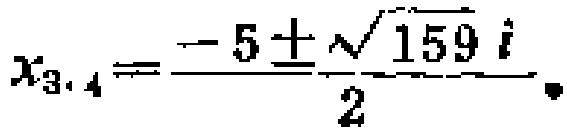
$x_{3,4}=\frac{-5\pm\sqrt{159}i}{2}$